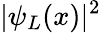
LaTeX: |\psi_{L}(x)|^{2}